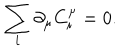
LaTeX: \sum _ { i } \partial _ { \mu } C _ { i } ^ { \mu } = 0 .